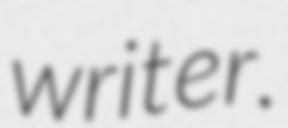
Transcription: writer.